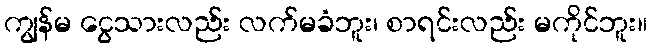
ကျွန်မ ငွေသားလည်း လက်မခံဘူး၊ စာရင်းလည်း မကိုင်ဘူး။